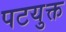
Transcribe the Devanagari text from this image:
पटयुक्त